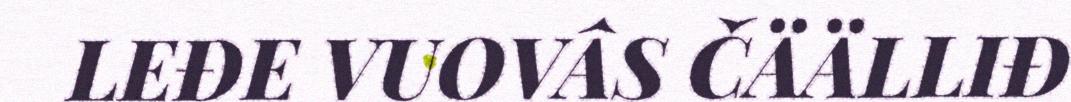
LEĐE VUOVÂS ČÄÄLLIĐ